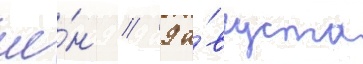
ие́н // 9 а́вгуста